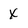
Character: x